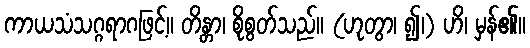
ကာယသံသဂ္ဂရာဂဖြင့်။ တိန္တာ၊ စိုစွတ်သည်။ (ဟုတွာ၊ ၍၊) ဟိ၊ မှန်၏။